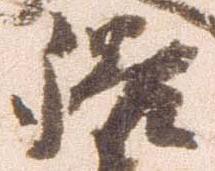
膳